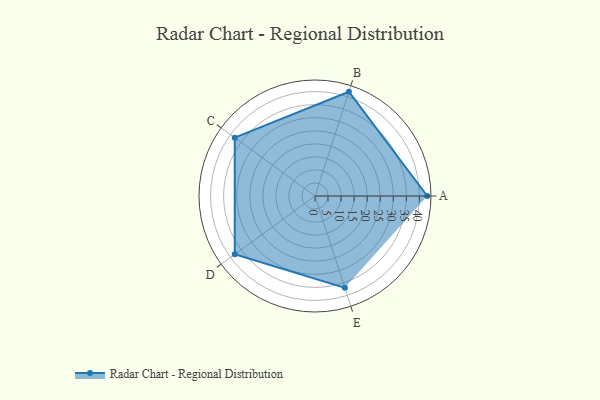
{"axis": {"x": "Skill", "y": "Score"}, "legend": ["Profile"], "data": [{"x": "A", "y": 43.0, "type": "Profile"}, {"x": "B", "y": 42.0, "type": "Profile"}, {"x": "C", "y": 38.0, "type": "Profile"}, {"x": "D", "y": 38.0, "type": "Profile"}, {"x": "E", "y": 37.0, "type": "Profile"}]}